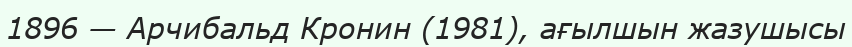
1896 — Арчибальд Кронин (1981), ағылшын жазушысы